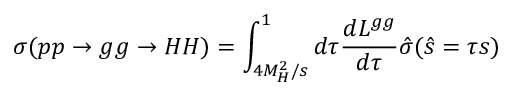
\sigma ( p p \to g g \to H H ) = \int _ { 4 M _ { H } ^ { 2 } / s } ^ { 1 } d \tau \frac { d { \cal L } ^ { g g } } { d \tau } \hat { \sigma } ( \hat { s } = \tau s )